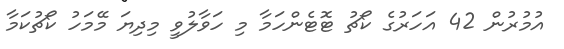
އުމުރުން 42 އަހަރުގެ ކޯޗު ޓޮޓެންހަމާ މި ހަވާލުވީ މިދިޔަ މޭމަހު ކޯޗުކަމާ